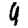
Digit: 9